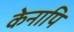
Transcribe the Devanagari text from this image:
केनापि